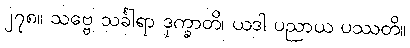
၂၇၈။ သဗ္ဗေ သင်္ခါရာ ဒုက္ခာတိ၊ ယဒါ ပညာယ ပဿတိ။